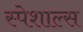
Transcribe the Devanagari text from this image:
स्पेशाल्स